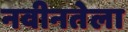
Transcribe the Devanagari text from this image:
नवीनतेला